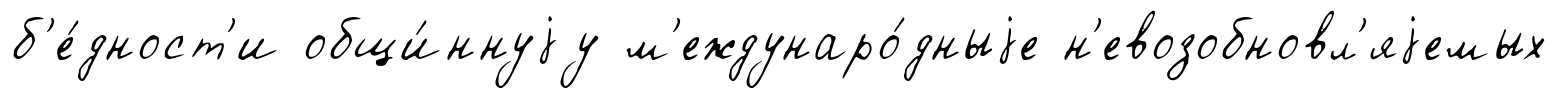
б'е́дност'и общи́ннуjу м'еждунаро́дныjе н'евозобновл'яjемых